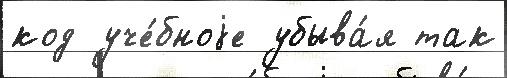
код уче́бноjе убыва́я так